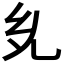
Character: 𭀜